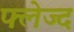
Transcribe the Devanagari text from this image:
फ्लेज्द